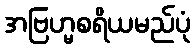
အဗြဟ္မစရိယမည်ပုံ